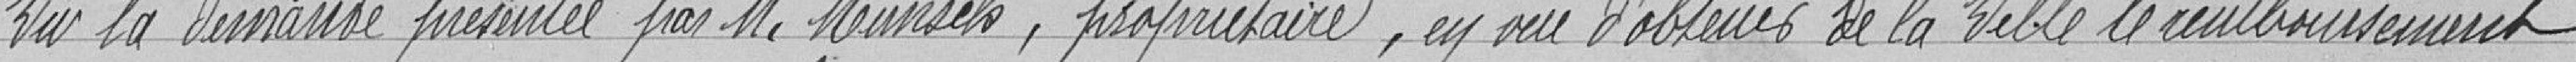
Vu la demande présentée par Monsieur Munsch, propriétaire, en vue d'obtenir de la Ville le remboursement